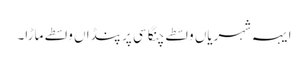
ایہہ شہریاں واسطے چنگا سی پر پنڈاں واسطے ماڑا۔